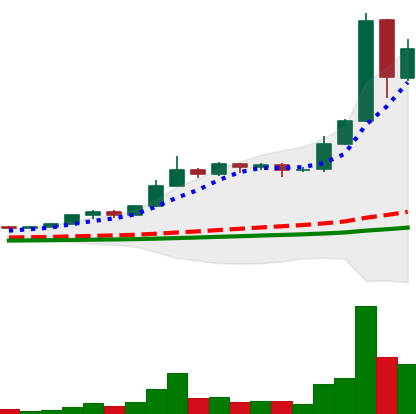
Ticker: BNB-USD
Chart end date: 2021-02-21
Forward return: -24.579%
Label: down_7plus